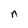
Character: n